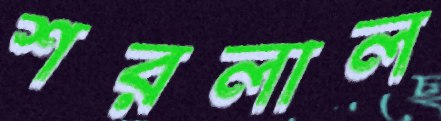
শরলাল